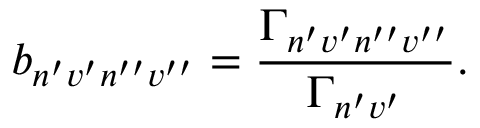
b _ { n ^ { \prime } v ^ { \prime } n ^ { \prime \prime } v ^ { \prime \prime } } = \frac { \Gamma _ { n ^ { \prime } v ^ { \prime } n ^ { \prime \prime } v ^ { \prime \prime } } } { \Gamma _ { n ^ { \prime } v ^ { \prime } } } .